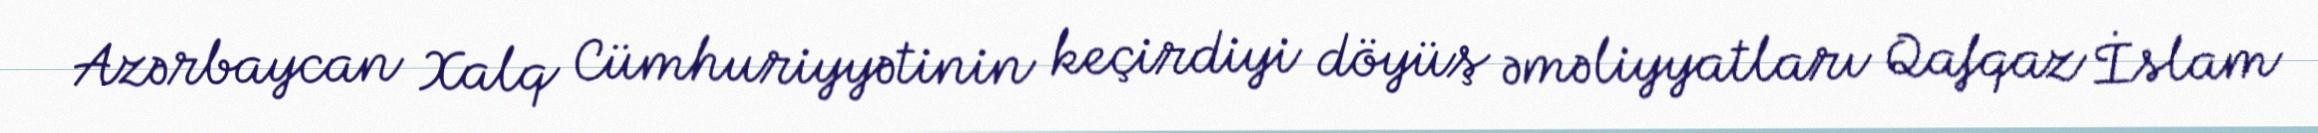
Azərbaycan Xalq Cümhuriyyətinin keçirdiyi döyüş əməliyyatları Qafqaz İslam